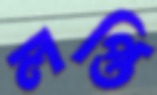
লপ্তি